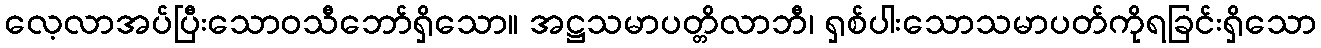
လေ့လာအပ်ပြီးသောဝသီဘော်ရှိသော။ အဋ္ဌသမာပတ္တိလာဘီ၊ ရှစ်ပါးသောသမာပတ်ကိုရခြင်းရှိသော